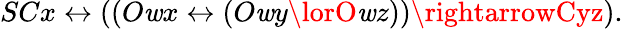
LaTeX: SCx\leftrightarrow((O\mathit{w}x\leftrightarrow(O\mathit{w}y\lorO\mathit{w}z))\rightarrowCyz).